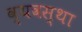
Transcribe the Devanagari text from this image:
व्यवस्था